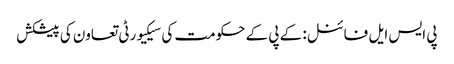
پی ایس ایل فائنل: کے پی کے حکومت کی سیکیورٹی تعاون کی پیشکش